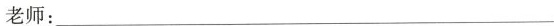
老师：___